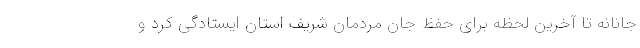
جانانه تا آخرین لحظه برای حفظ جان مردمان شریف استان ایستادگی کرد و